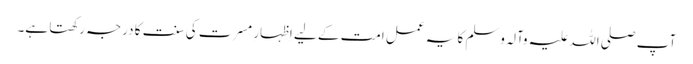
آپ صلی اللہ علیہ وآلہ وسلم کا یہ عمل امت کے لیے اِظہارِ مسرت کی سنت کا درجہ رکھتا ہے۔